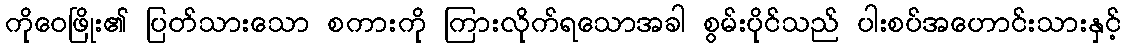
ကိုဝေဖြိုး၏ ပြတ်သားသော စကားကို ကြားလိုက်ရသောအခါ စွမ်းပိုင်သည် ပါးစပ်အဟောင်းသားနှင့်